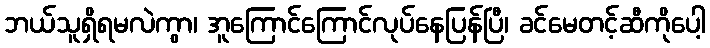
ဘယ်သူရှိရမလဲကွာ၊ အူကြောင်ကြောင်လုပ်နေပြန်ပြီ၊ ခင်မေတင့်ဆီကိုပေါ့